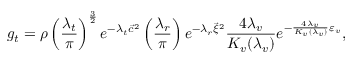
g _ { t } = \rho \left( \frac { \lambda _ { t } } { \pi } \right) ^ { \frac { 3 } { 2 } } e ^ { - \lambda _ { t } { \vec { c } } ^ { 2 } } \left( \frac { \lambda _ { r } } { \pi } \right) e ^ { - \lambda _ { r } { \vec { \xi } } ^ { 2 } } \frac { 4 \lambda _ { v } } { K _ { v } ( \lambda _ { v } ) } e ^ { - \frac { 4 \lambda _ { v } } { K _ { v } ( \lambda _ { v } ) } \varepsilon _ { v } } ,